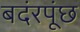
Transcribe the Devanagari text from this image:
बदंरपूंछ